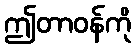
ဤတာဝန်ကို